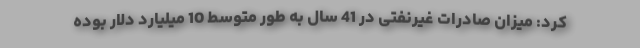
کرد: میزان صادرات غیرنفتی در 41 سال به طور متوسط 10 میلیارد دلار بوده